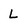
Character: L